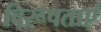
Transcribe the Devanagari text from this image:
विरूपताएं